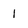
Character: 1